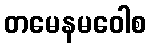
တမေနမဝေါစ